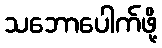
သဘောပေါက်ဖို့